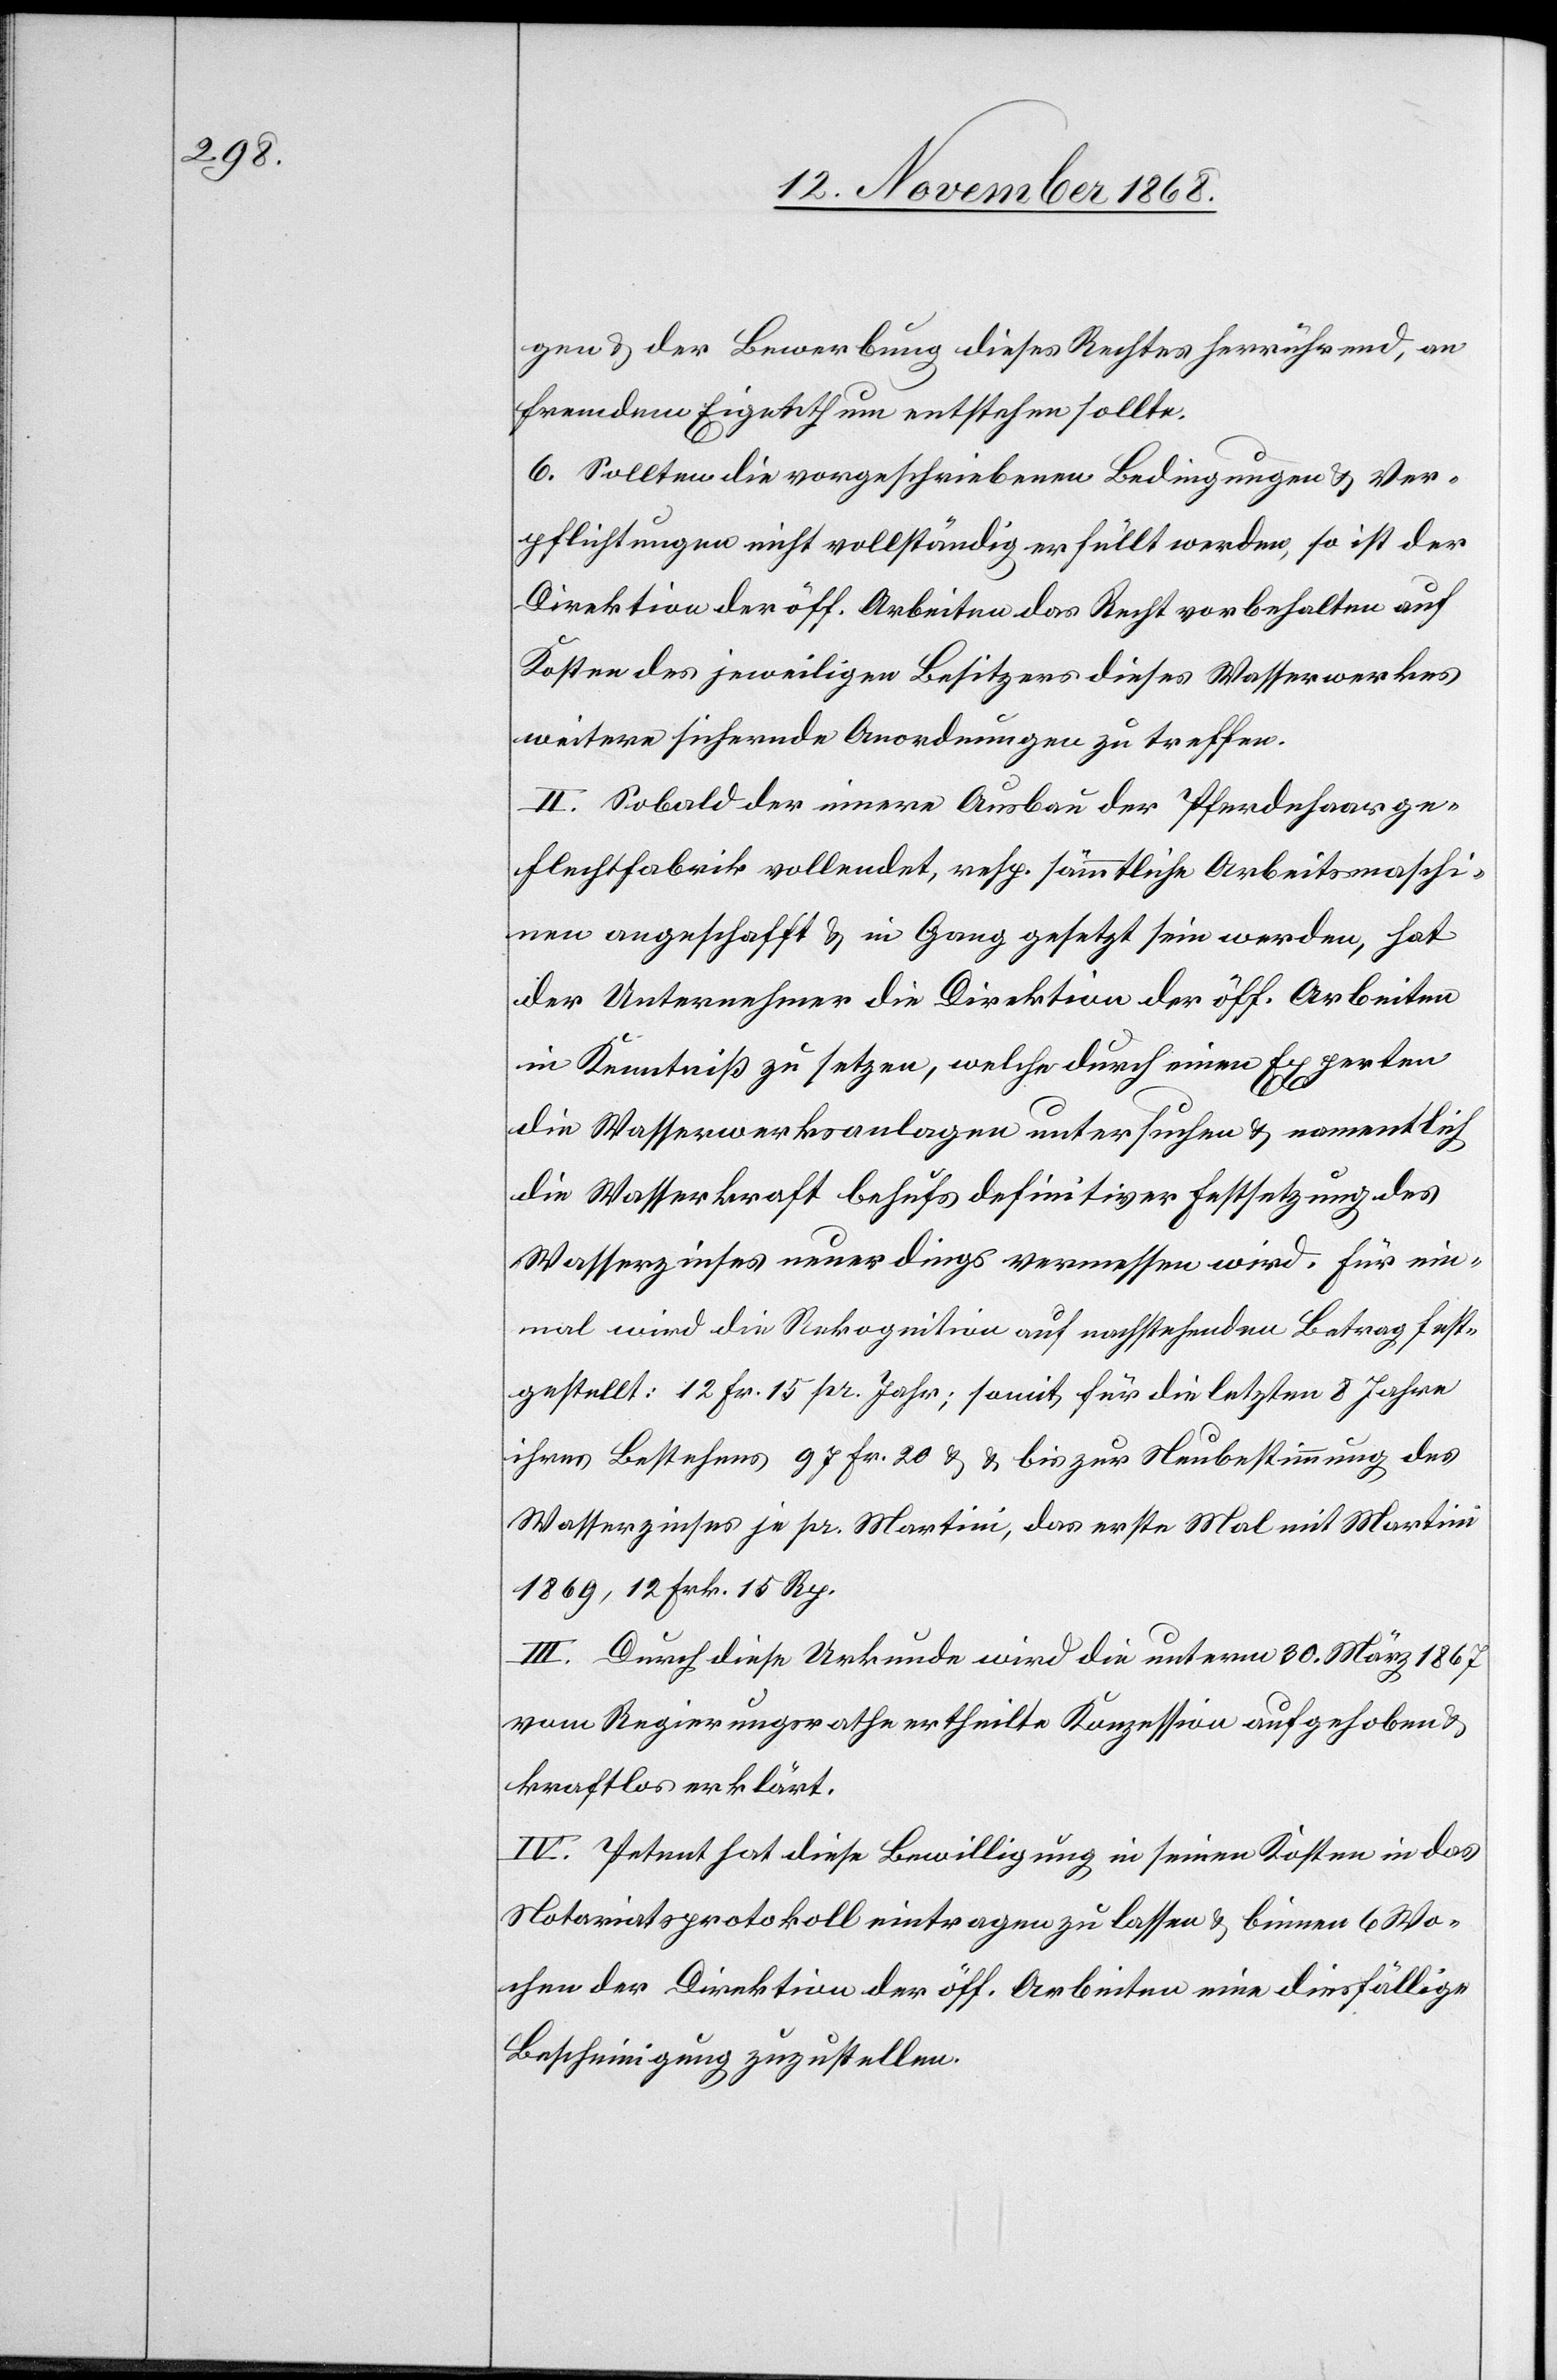
gen & der Bewerbung dieses Rechtes herrührend, an
fremdem Eigenthum entstehen sollte.
6. Sollten die vorgeschriebenen Bedingungen & Ver¬
pflichtungen nicht vollständig erfüllt werden, so ist der
Direktion der öff. Arbeiten das Recht vorbehalten auf
Kosten des jeweiligen Besitzers dieses Wasserwerkes
weitere sichernde Anordnungen zu treffen.
II. Sobald der innere Ausbau der Pferdehaarge¬
flechtfabrik vollendet, resp. sämmtliche Arbeitsmaschi¬
nen angeschafft & in Gang gesetzt sein werden, hat
der Unternehmer die Direktion der öff. Arbeiten
in Kenntniß zu setzen, welche durch einen Experten
die Wasserwerksanlagen untersuchen & namentlich
die Wasserkraft behufs definitiver Festsetzung des
Wasserzinses neuerdings vermessen wird. Für ein¬
mal wird die Rekognition auf nachstehenden Betrag fest¬
gestellt: 12 Fr. 15 pr. Jahr; somit für die letzten 8 Jahre
ihres Bestehens 97 Fr. 20 & & [sic!] bis zur Neubestimmung des
Wasserzinses je pr. Martini, das erste Mal mit Martini
1869, 12 Frk. 15 Rp.
III. Durch diese Urkunde wird die unterm 30. März 1867
vom Regierungsrathe ertheilte Konzession aufgehoben &
kraftlos erklärt.
IV. Petent hat diese Bewilligung in seinen Kosten in das
Notariatsprotokoll eintragen zu lassen & binnen 6 Wo¬
chen der Direktion der öff. Arbeiten eine diesfällige
Bescheinigung zuzustellen.